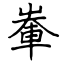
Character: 輋